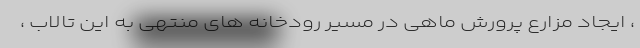
، ایجاد مزارع پرورش ماهی در مسیر رودخانه های منتهی به این تالاب ،